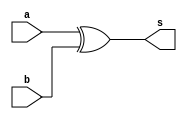
// ---------------------
// Guia 01_04(Extra) - XOR
// Nome: Anderson Belchior de Carvalho
// ---------------------

// ---------------------
// -- xor gate
// ---------------------

module xorgate (s, a, b);
 output s;
 input  a, b;

 assign s = a ^ b;

endmodule // xorgate


// --------------------------
// -- test xorgate
// --------------------------

module testxorgate;
 reg   a, b;             
 wire  s;
          // instancia
 xorgate XOR1 (s, a, b);

          // parte principal
 initial begin:main
      $display("Guia 01_04(Extra) - Anderson Belchior de Carvalho - 396673");
      $display("Test XOR gate");
      $display("\na ^ b = s\n");
      a=0; b=0;
  #1  $display("%b ^ %b = %b", a, b, s);
      a=0; b=1;
  #1  $display("%b ^ %b = %b", a, b, s);
      a=1; b=0; 
  #1  $display("%b ^ %b = %b", a, b, s);
      a=1; b=1; 
  #1  $display("%b ^ %b = %b", a, b, s);
    
 end

endmodule // testxorgate